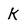
Character: K